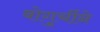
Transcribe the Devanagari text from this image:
बोगुर्चीने